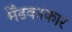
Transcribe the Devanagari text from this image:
मेँढकाकार